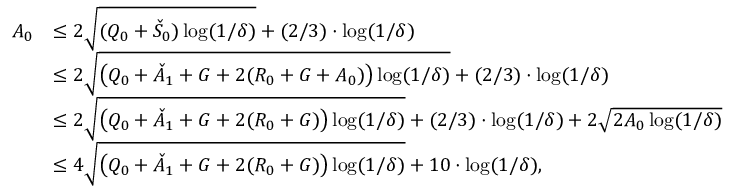
\begin{array} { r l } { A _ { 0 } } & { \le 2 \sqrt { ( Q _ { 0 } + \check { S } _ { 0 } ) \log ( 1 / \delta ) } + ( 2 / 3 ) \cdot \log ( 1 / \delta ) } \\ & { \le 2 \sqrt { \big ( Q _ { 0 } + \check { A } _ { 1 } + G + 2 ( R _ { 0 } + G + A _ { 0 } ) \big ) \log ( 1 / \delta ) } + ( 2 / 3 ) \cdot \log ( 1 / \delta ) } \\ & { \le 2 \sqrt { \big ( Q _ { 0 } + \check { A } _ { 1 } + G + 2 ( R _ { 0 } + G ) \big ) \log ( 1 / \delta ) } + ( 2 / 3 ) \cdot \log ( 1 / \delta ) + 2 \sqrt { 2 A _ { 0 } \log ( 1 / \delta ) } } \\ & { \le 4 \sqrt { \big ( Q _ { 0 } + \check { A } _ { 1 } + G + 2 ( R _ { 0 } + G ) \big ) \log ( 1 / \delta ) } + 1 0 \cdot \log ( 1 / \delta ) , } \end{array}